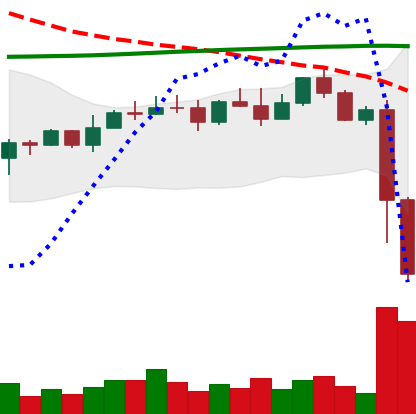
Ticker: EOS-USD
Chart end date: 2022-11-09
Forward return: 11.161%
Label: up_7plus